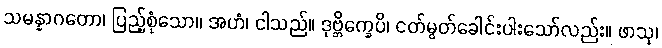
သမန္နာဂတော၊ ပြည့်စုံသော။ အဟံ၊ ငါသည်။ ဒုဗ္ဘိက္ခေပိ၊ ငတ်မွတ်ခေါင်းပါးသော်လည်း။ ဖာသု၊